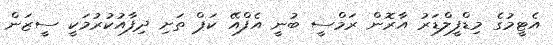
އެޓީމުގެ މިޑްފީލްޑަރު އާރޮން ރަމްސީ ބުނީ އެފްއޭ ކަޕް ތަށި ދިފާއުކުރުމަކީ ސީޒަން